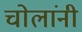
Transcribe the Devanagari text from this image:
चोलांनी